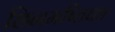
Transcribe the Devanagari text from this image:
छिनमष्तिका